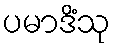
ပမာဒိံသု